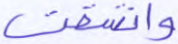
وانشقت